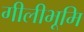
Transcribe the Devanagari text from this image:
गीलीभूमि